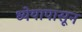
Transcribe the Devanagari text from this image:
ध्येयापासून